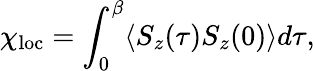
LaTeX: \chi_{\textrm{loc}}=\int_{0}^{\beta}\langle{S_{z}(\tau)S_{z}(0)}\rangle d\tau,